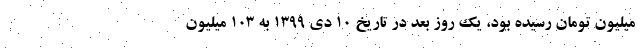
میلیون تومان رسیده بود، یک روز بعد در تاریخ ۱۰ دی ۱۳۹۹ به ۱۰۳ میلیون